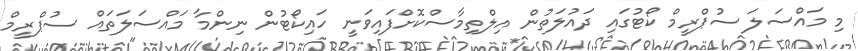
މި މައްސަލަ ސުޕްރީމް ކޯޓުގައި ދައުލަތުން އިލްތިމާސްކޮށްފައިވަނީ ހައިކޯޓުން ނިންމާ މައްސަލަތައް ސުޕްރީމް